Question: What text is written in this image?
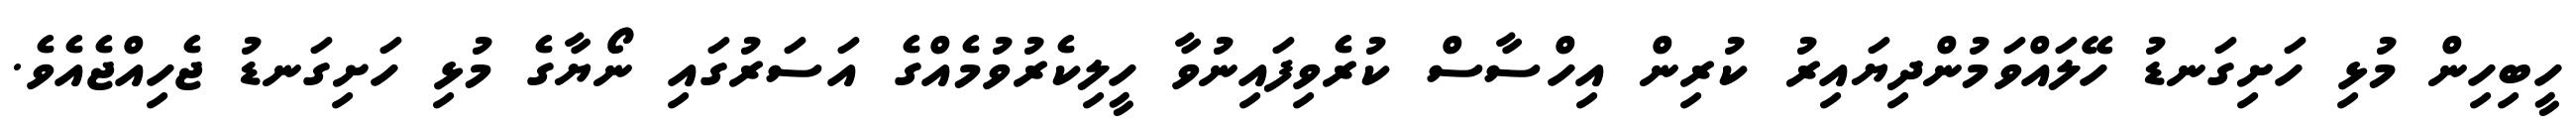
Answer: ހީބިހިން މުޅި ހަށިގަނޑު ހޭލައްވަމުންދިޔައިރު ކުރިން އިހްސާސް ކުރެވިފައިނުވާ ހީލިކެރުވުމެއްގެ އަސަރުގައި ނޯޔާގެ މުޅި ހަށިގަނޑު ޖެހިއްޖެއެވެ.